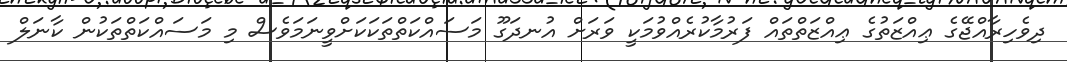
ދިވެހިރާއްޖޭގެ ޢިއްޒަތުގެ ޢިއްޒަތްތައް ފަރުމާކުރެއްވުމަކީ ވަރަށް އުނދަގޫ މަސައްކަތްތަކަކަށްވީނަމަވެސް މި މަސައްކަތްތަކުން ކާނަލް